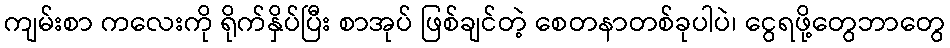
ကျမ်းစာ ကလေးကို ရိုက်နှိပ်ပြီး စာအုပ် ဖြစ်ချင်တဲ့ စေတနာတစ်ခုပါပဲ၊ ငွေရဖို့တွေဘာတွေ